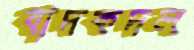
বাদকদল